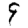
Digit: 9